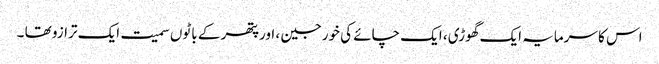
اس کا سرمایہ ایک گھوڑی ، ایک چائے کی خورجین ، اورپتھر کے باٹوں سمیت ایک ترازو تھا ۔